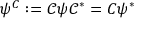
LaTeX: \psi ^ { C } : = \mathcal { C } \psi \mathcal { C } ^ { * } = C \psi ^ { * }